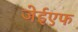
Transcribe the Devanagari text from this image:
जेईएफ